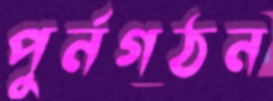
পুর্নগঠন